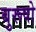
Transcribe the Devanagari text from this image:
बुरूषो